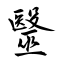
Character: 毉